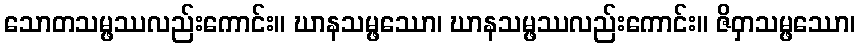
သောတသမ္ဖဿလည်းကောင်း။ ဃာနသမ္ဖဿော၊ ဃာနသမ္ဖဿလည်းကောင်း။ ဇိဝှာသမ္ဖဿော၊